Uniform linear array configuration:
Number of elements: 8
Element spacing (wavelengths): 1
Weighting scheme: cosine
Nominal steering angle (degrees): -30
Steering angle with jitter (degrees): -30.185
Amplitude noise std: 0.05
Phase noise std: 0.05

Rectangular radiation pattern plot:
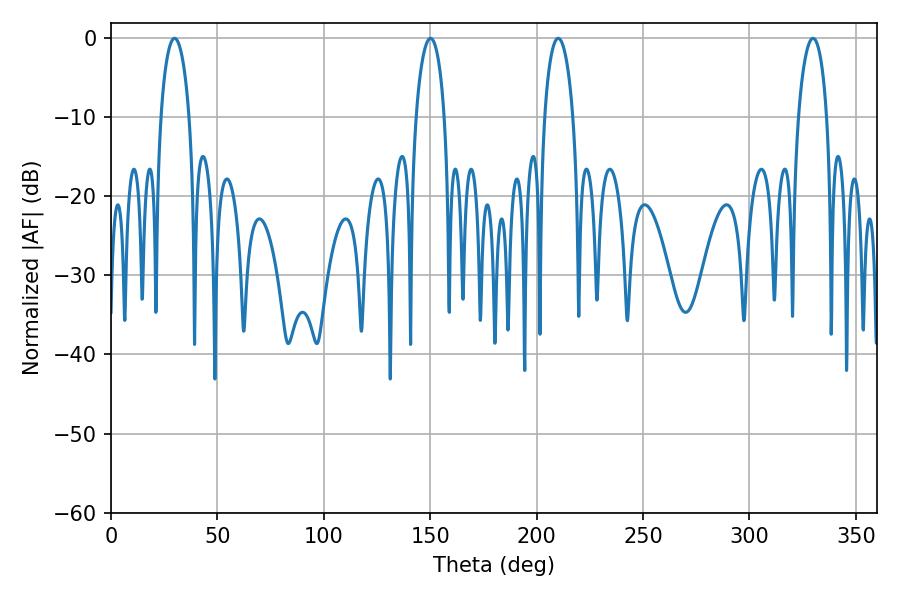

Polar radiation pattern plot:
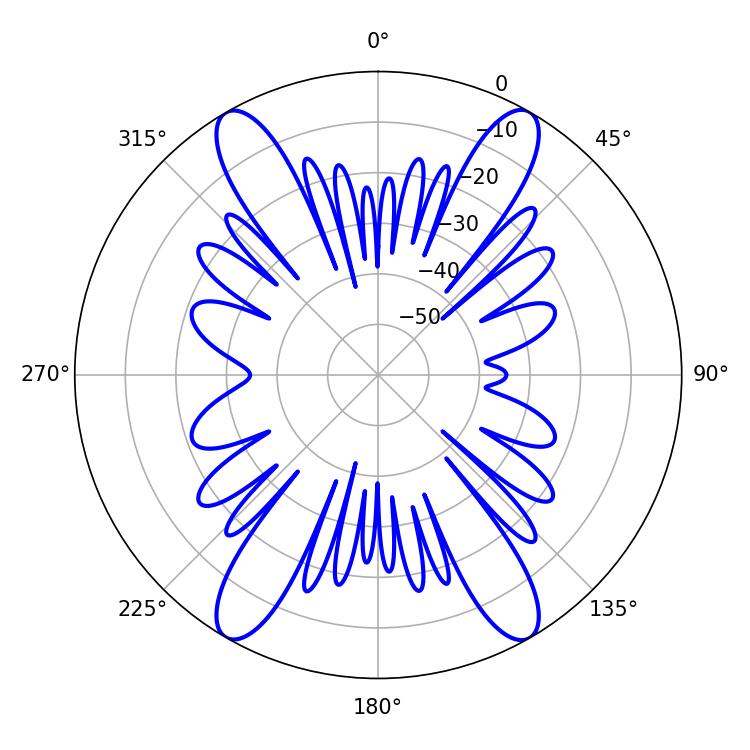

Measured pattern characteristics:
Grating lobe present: TRUE
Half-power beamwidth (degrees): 7.74
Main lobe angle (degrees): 29.88